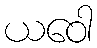
ယဝေါ